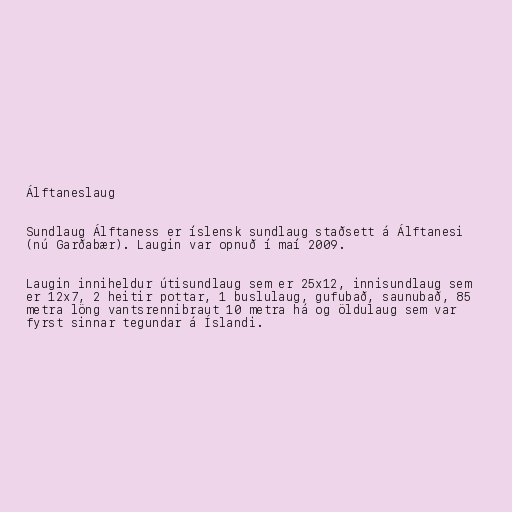
Álftaneslaug

Sundlaug Álftaness er íslensk sundlaug staðsett á Álftanesi
(nú Garðabær). Laugin var opnuð í maí 2009.

Laugin inniheldur útisundlaug sem er 25x12, innisundlaug sem
er 12x7, 2 heitir pottar, 1 buslulaug, gufubað, saunubað, 85
metra löng vantsrennibraut 10 metra há og öldulaug sem var
fyrst sinnar tegundar á Íslandi.